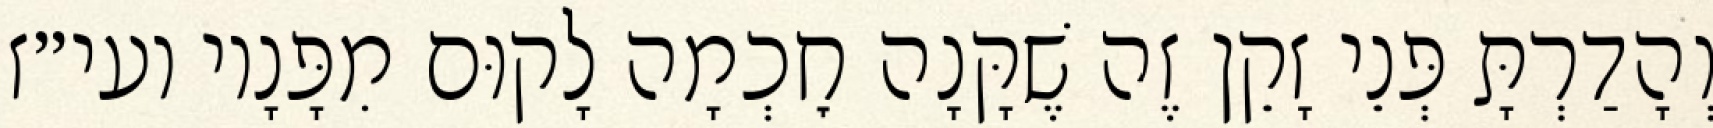
וְהָדַרְתָּ פְּנֵי זָקֵן זֶה שֶׁקָּנָה חׇכְמָה לָקוּם מִפָּנָיו ועי״ז